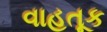
વાહતૂક